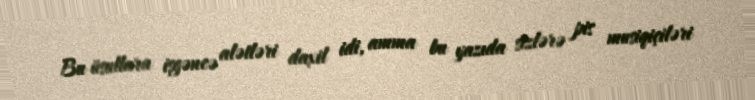
Bu üsullara işgəncə alətləri daxil idi, amma bu yazıda sizlərə pis musiqiçiləri